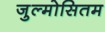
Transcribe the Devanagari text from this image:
जुल्मोसितम